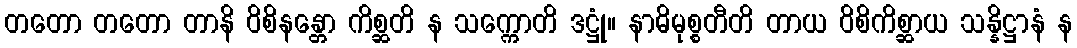
တတော တတော တာနိ ဝိစိနန္တော ကိစ္ဆတိ န သက္ကောတိ ဒဋ္ဌုံ။ နာဓိမုစ္စတီတိ တာယ ဝိစိကိစ္ဆာယ သန္နိဋ္ဌာနံ န